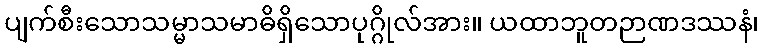
ပျက်စီးသောသမ္မာသမာဓိရှိသောပုဂ္ဂိုလ်အား။ ယထာဘူတဉာဏဒဿနံ၊